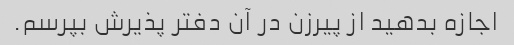
اجازه بدهید از پیرزن در آن دفتر پذیرش بپرسم.